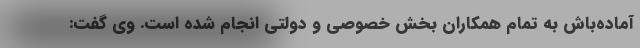
آماده‌باش به تمام همکاران بخش خصوصی و دولتی انجام شده است. وی گفت: